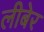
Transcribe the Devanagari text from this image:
लीबेर